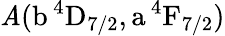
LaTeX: \mathit{A}(\mathrm{{b\, ^{4}D_{7/2},a\, ^{4}F_{7/2}}})